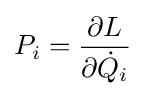
P_{i}={\frac {\partial L}{\partial {\dot {Q}}_{i}}}\